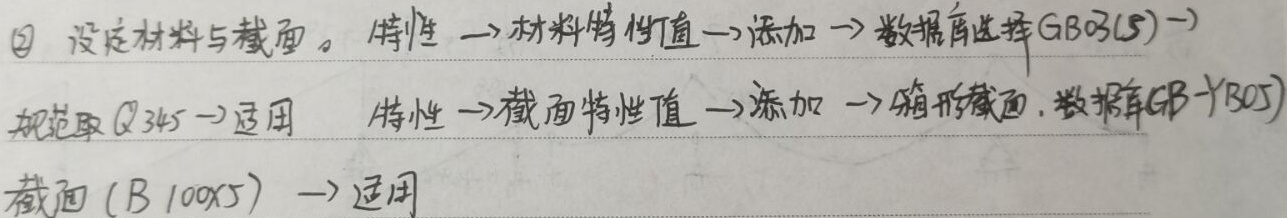
\textcircled{2} 设定材料与截面。特性→材料特性值→添加→数据库选择GB03(5)→规范取Q345→适用 特性→截面特性值→添加→箱形截面，数据库GB - YB05截面(B100×5)→适用